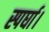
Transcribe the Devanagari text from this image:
स्पर्घा।